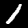
Digit: 1